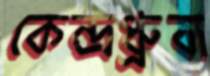
কেন্দ্রধ্রুবা